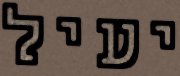
יעיל